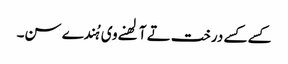
کسے کسے درخت تے آلھنے وی ہُندے سن۔